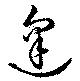
逢